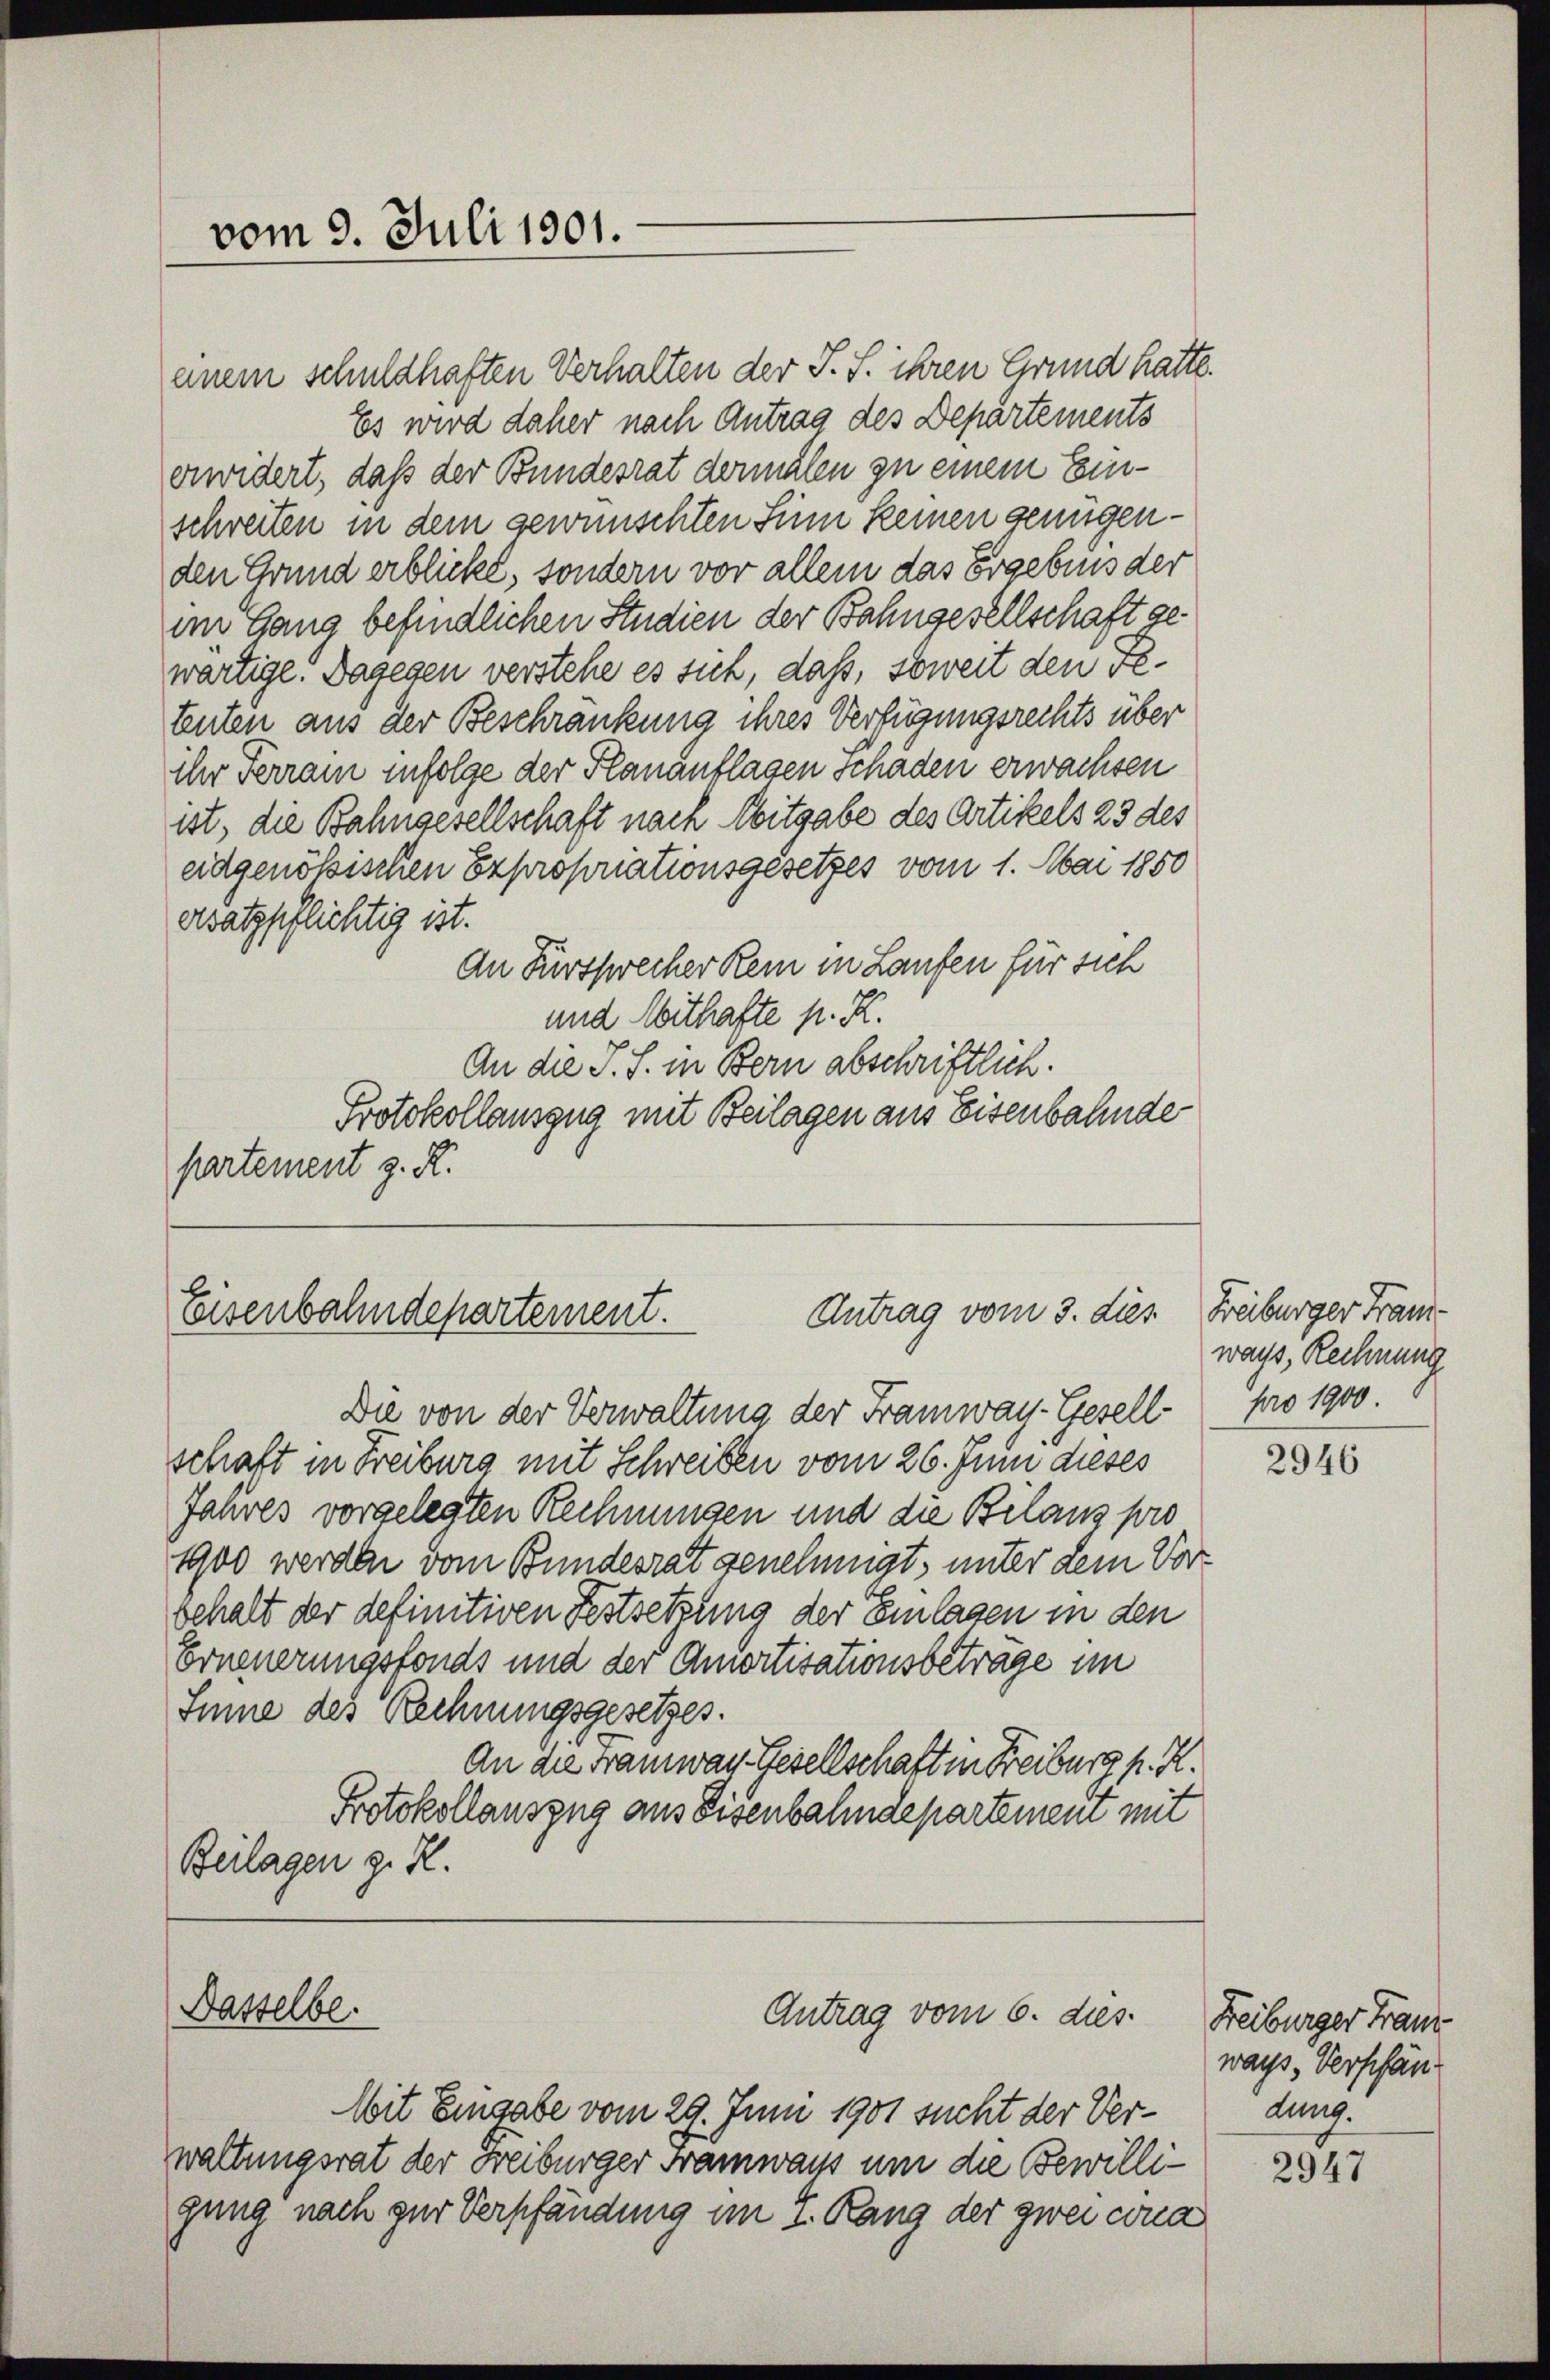
vom 9. Juli 1901.

Es wird daher nach Antrag des Departements
erwidert, daß der Bundesrat dermalen zu einem Einschreiten in dem gewünschten Sinn keinen genügenden Grund erblickt, sondern vor allem das Ergebens der
im Gang befindlichen Studien der Bahngesellschaft gewärtige. Dagegen verstehe es sich, daß, soweit den Reteuten aus der Beschränkung ihres Verfügungsrechts über
ihr Ferrain infolge der Plananflagen schaden erwachsen
ist, die Bahngesellschaft nach Abitgabe des Artikels 23 des
eidgenößischen Exproporationsgesetzes vom 1. Mai 1850
ersatzpflichtig ist.
An Furtswecher Rein in Laufen für sich
und Mithafte p. K.
An die J. J. in Bern abschriftlich.
Protokollauszug mit Beilagen aus Eisenbahnde
partement z. R.

Antrag vom 3. dies
Eisenbahndepartement.

Die von der Verwaltung der Framway-Gesellschaft in Freiburg mit Schreiben vom 26. Juni dieses
Jahres vorgelegten Rechnungen und die Bilanz pro
1900 werden vom Bundesrat genehmigt, unter dem Vorbehalt der definitiven Festsetzung der Einlagen in den
Erneuerungsfonds und der Amortisationsbeträge im
Sinne des Rechnungsgesetzes.
An die Framway Gesellschaft in Freiburg f. R.
Protokollauszug aus Eisenbahndepartemen mit
Beilagen z. R.

Dasselbe.

einem schuldhaften Verhalten der J. S. ihren Grund hatte.

Antrag vom 6. dies

Mit Eingabe vom 29. Juni 1901 sucht der Verwaltungsrat der Freiburger Tramways um die Bewilligung nach zur Verpfändung im 1. Rang der zwei cona

Freiburger Fran
ways, Rechnung
pro 1900.

2946

Freiburger Franz
ways, Verpfän
dung.

2947